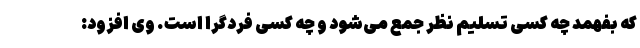
که بفهمد چه کسی تسلیم نظر جمع می‌شود و چه کسی فردگرا است. وی افزود: